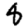
Digit: 8